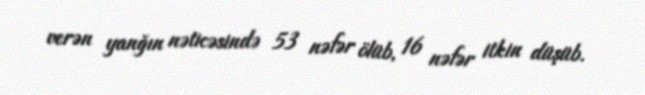
verən yanğın nəticəsində 53 nəfər ölüb, 16 nəfər itkin düşüb.